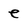
Character: e